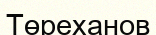
Төреханов